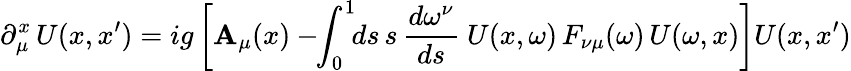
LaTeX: \partial_{\mu}^{x}\, U(x,x^{\prime})=ig\left[\mathbf{A}_{\mu}(x)-\! \! \int_{0}^{1}\! \! ds\, s\, {\frac{{d\omega^{\nu}}}{{ds}}}\ U(x,\omega)\, F_{\nu\mu}(\omega)\, U(\omega,x)\right]U(x,x^{\prime})